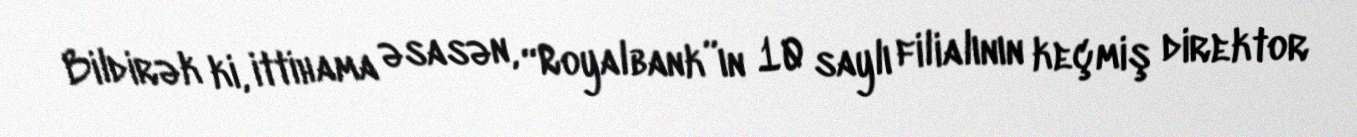
Bildirək ki, ittihama əsasən, “Royalbank”ın 10 saylı filialının keçmiş direktor